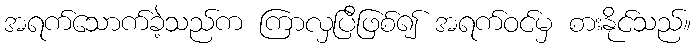
အရက်သောက်ခဲ့သည်က ကြာလှပြီဖြစ်၍ အရက်ဝင်မှ စားနိုင်သည်။